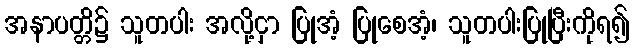
အနာပတ္တိ၌ သူတပါး အလို့ငှာ ပြုအံ့ ပြုစေအံ့၊ သူတပါးပြုပြီးကိုရ၍